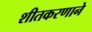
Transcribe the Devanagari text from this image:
शीतकरणाने